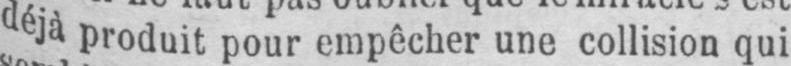
déjà produit pour empêcher une collision qui